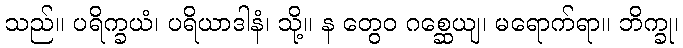
သည်။ ပရိက္ခယံ၊ ပရိယာဒါနံ၊ သို့။ န တွေဝ ဂစ္ဆေယျ၊ မရောက်ရာ။ ဘိက္ခု၊